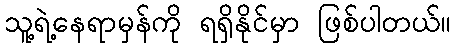
သူ့ရဲ့နေရာမှန်ကို ရရှိနိုင်မှာ ဖြစ်ပါတယ်။